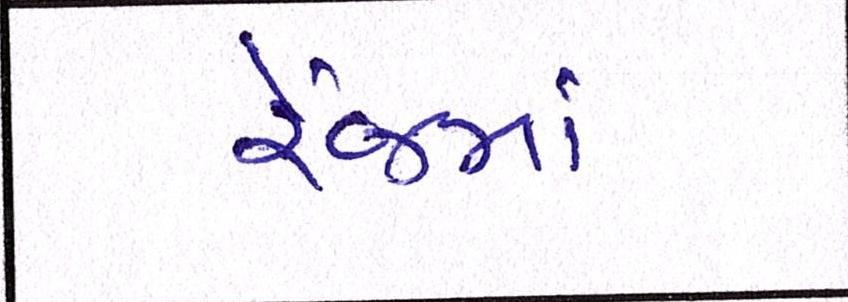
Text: રેંજમાં